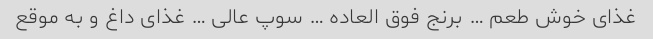
غذای خوش طعم … برنج فوق العاده … سوپ عالی … غذای داغ و به موقع